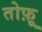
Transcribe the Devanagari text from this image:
तोफ़ू